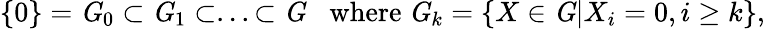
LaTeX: \{ 0\} ={\mathit G}_{0}\subset{\mathit G}_{1}\subset...\subset{\mathit G}\; \; \; \mathrm{where~}{\mathit G}_{k}=\{ X\in{\mathit G}|X_{i}=0,i\geq k\} ,